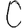
Digit: 0